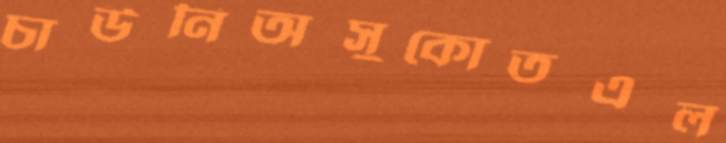
চাউনিঅসুকোতএল